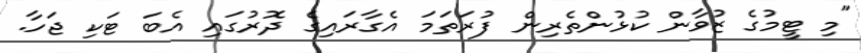
"މި ޓީމުގެ ޒުވާން ކުޅުންތެރިން ފުރަތަމަ އެގާރައިގެ ދޮރުގައި އެބަ ޓަކި ޖަހާ.